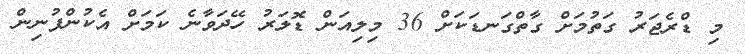
މި ޑްރެޖަރު ގަތުމަށް ގާތްގަނޑަކަށް 36 މިލިއަން ޑޮލަރު ހޭދަވާނެ ކަމަށް އެކުންފުނިން